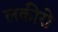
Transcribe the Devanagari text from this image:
लकीरो